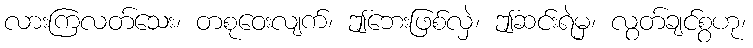
လားကြလတ်သေး၊ တစုဝေးလျက်၊ ဤဘေးဖြစ်လှဲ၊ ဤဆင်းရဲမှ၊ လွတ်ချင်စွဟု၊